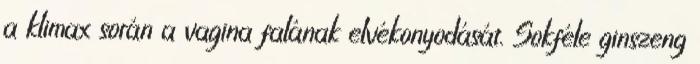
a klimax során a vagina falának elvékonyodását. Sokféle ginszeng